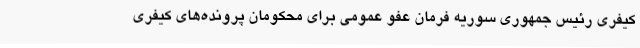
کیفری رئیس جمهوری سوریه فرمان عفو عمومی برای محکومان پرونده‌های کیفری